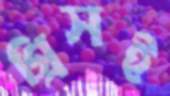
গ্রিসই